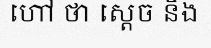
ហៅ ថា ស្តេច និង